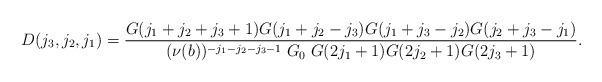
LaTeX: \begin{align*}D( j_3 ,j_2,j_1) =\frac{G(j_1+j_2+j_3+1)G(j_1+j_2-j_3)G(j_1+j_3-j_2)G(j_2+j_3-j_1)}{(\nu(b))^{-j_1-j_2-j_3-1}\; G_0 \;G(2j_1+1)G(2j_2+1)G(2j_3+1)}.\end{align*}